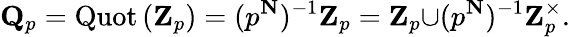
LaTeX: \mathbf{Q}_{p}=\operatorname{Quot}\left(\mathbf{Z}_{p}\right)=(p^{\mathbf{N}})^{-1}\mathbf{Z}_{p}=\mathbf{Z}_{p}{\cup}(p^{\mathbf{N}})^{-1}\mathbf{Z}_{p}^{\times}.